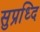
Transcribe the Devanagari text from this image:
सुप्रध्दि